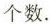
个数.